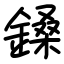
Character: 鎟